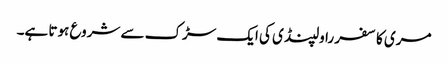
مری کا سفر راولپنڈی کی ایک سڑک سے شروع ہوتا ہے۔